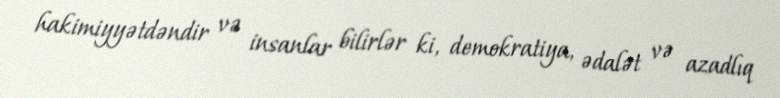
hakimiyyətdəndir və insanlar bilirlər ki, demokratiya, ədalət və azadlıq